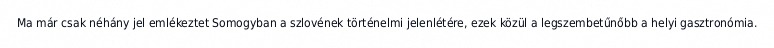
Ma már csak néhány jel emlékeztet Somogyban a szlovének történelmi jelenlétére, ezek közül a legszembetűnőbb a helyi gasztronómia.